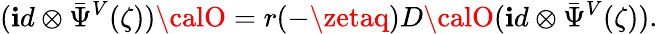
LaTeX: (\mathbf{i}d\otimes{\bar{{\Psi}}}^{V}(\zeta)){\calO}=r(-\zetaq)D{\calO}(\mathbf{i}d\otimes{\bar{{\Psi}}}^{V}(\zeta)).